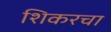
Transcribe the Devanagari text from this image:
शिकरचा